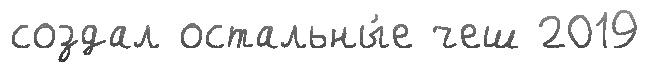
создал остальны́е чеш 2019